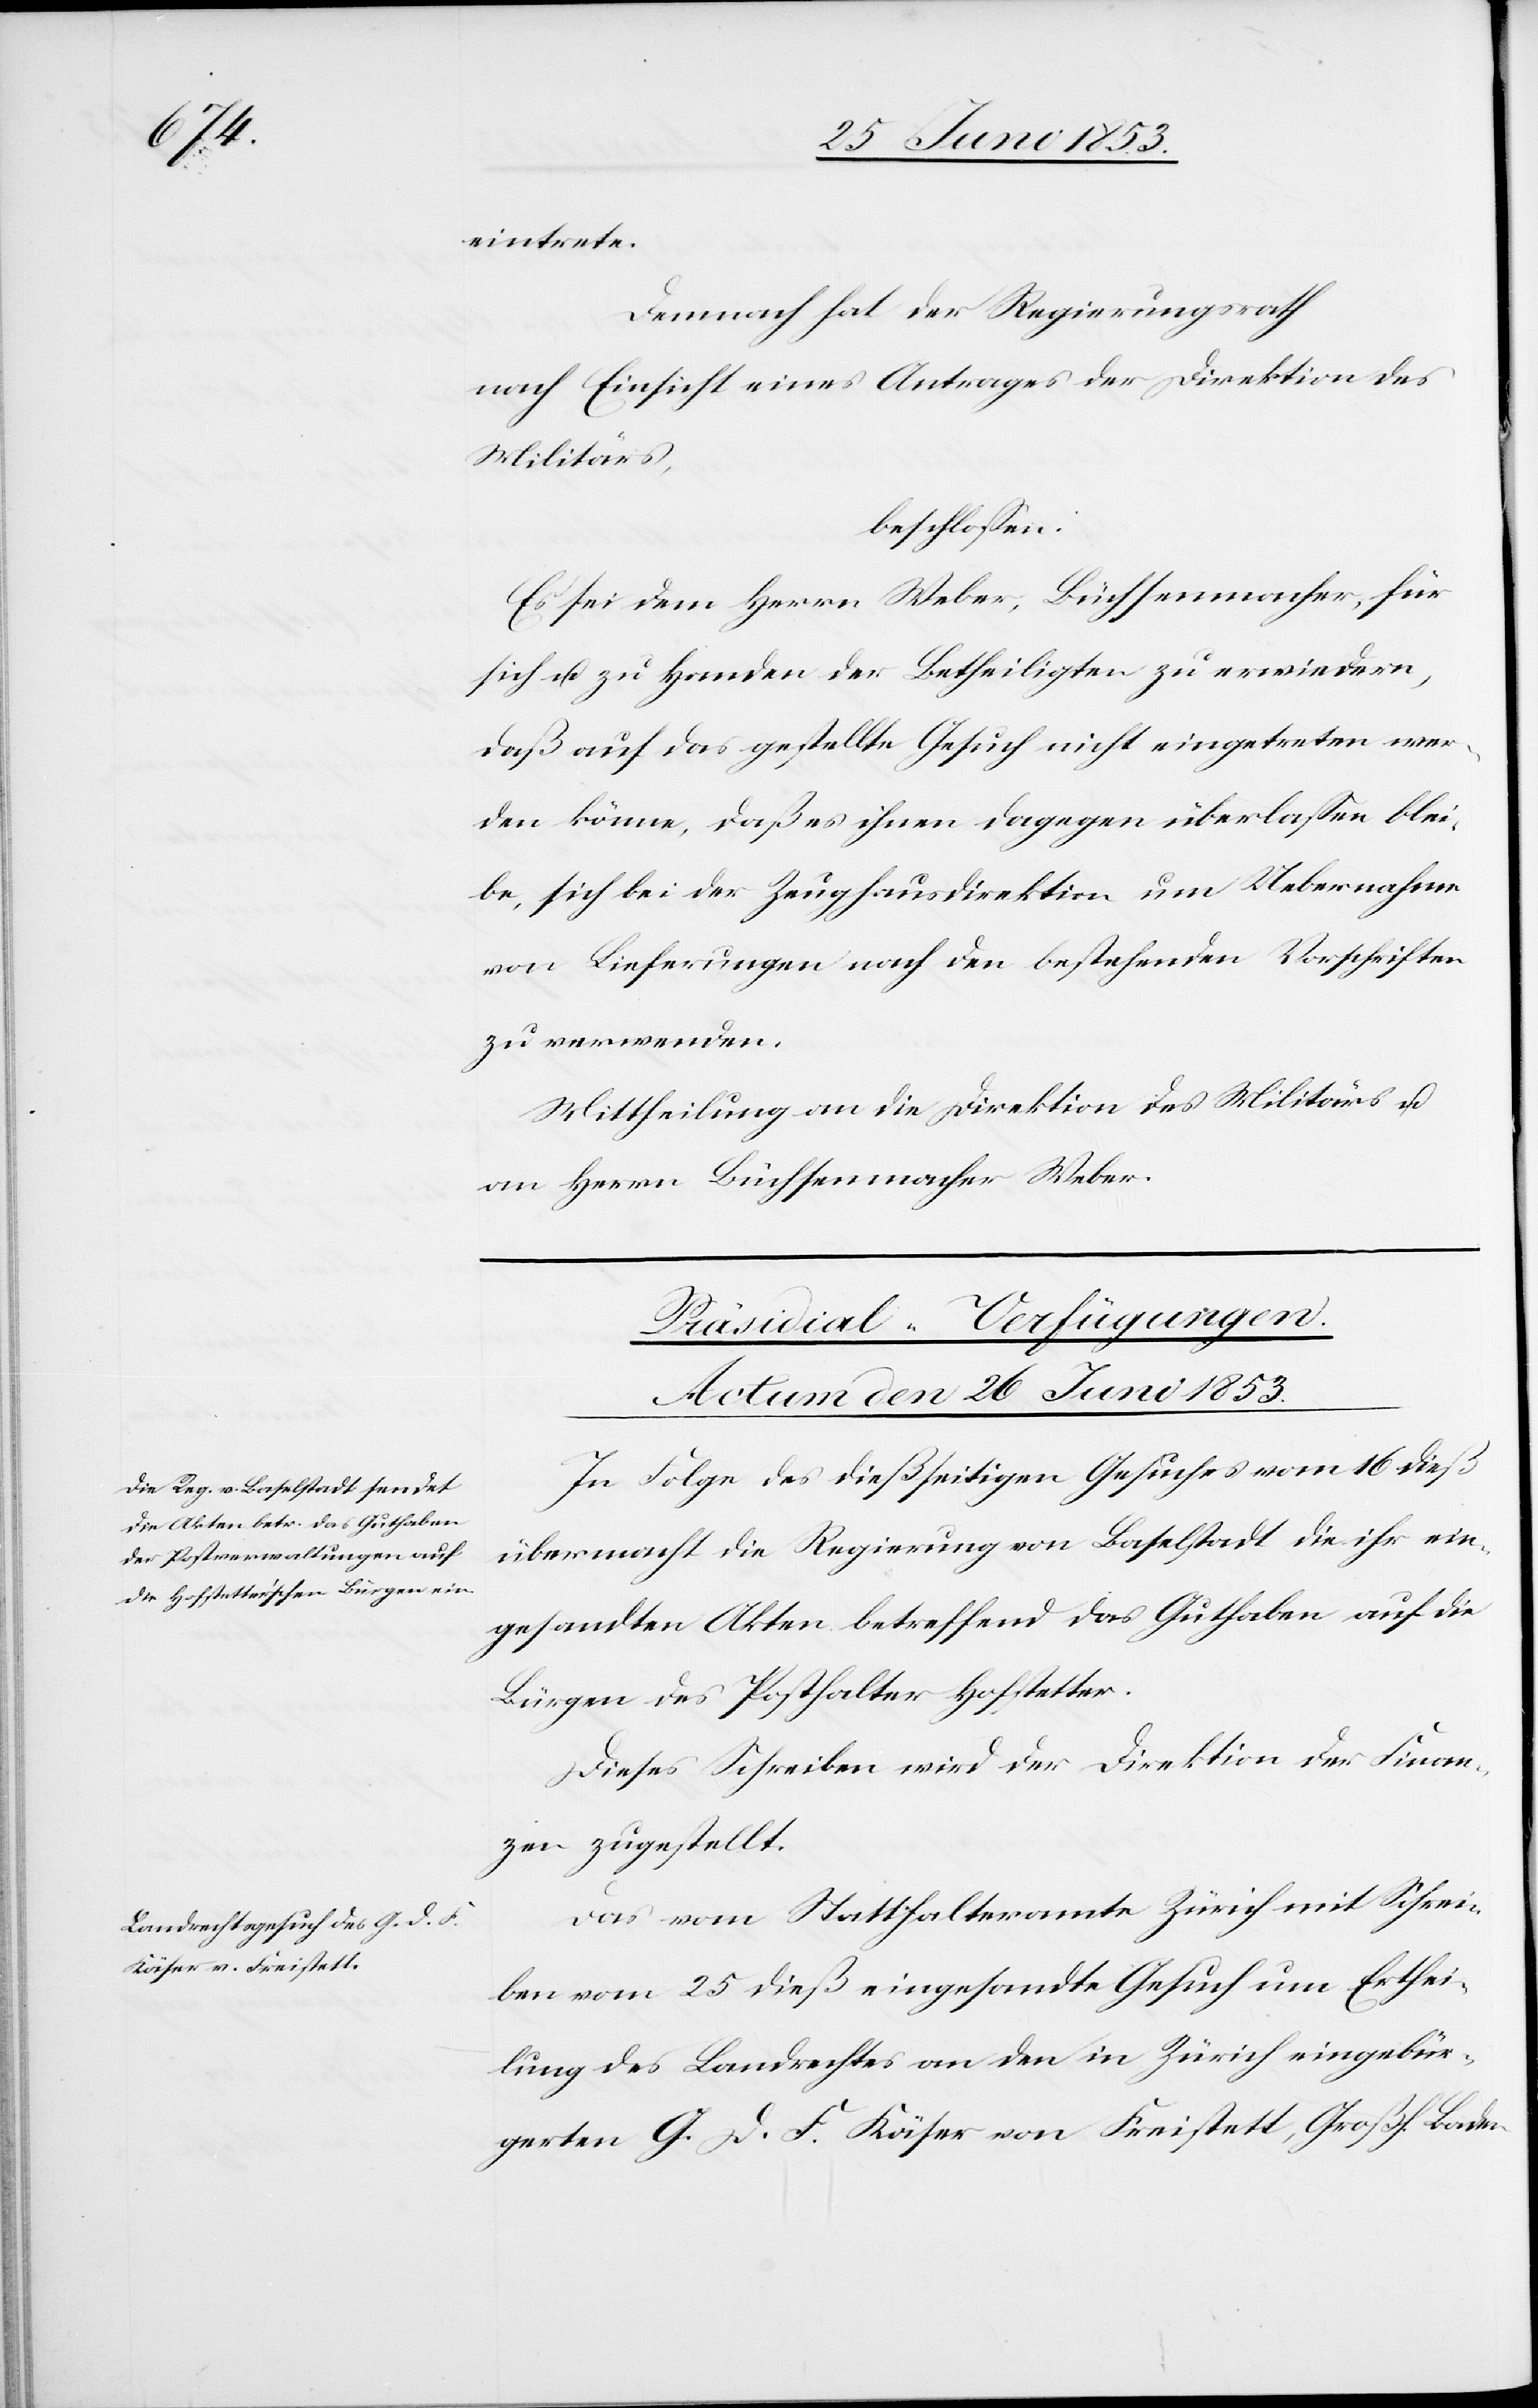
eintrete.
Demnach hat der Regierungsrath
nach Einsicht eines Antrages der Direktion des
Militärs,
beschloßen:
Es sei dem Herrn Weber, Büchsenmacher, für
sich u. zu Handen der Betheiligten zu erwiedern,
daß auf das gestellte Gesuch nicht eingetreten wer¬
den könne, daß es ihnen dagegen überlaßen blei¬
be, sich bei der Zeughausdirektion um Uebernahme
von Lieferungen nach den bestehenden Vorschriften
zu verwenden.
Mittheilung an die Direktion des Militärs u.
an Herrn Büchsenmacher Weber.
[Präsidial-Verfügungen.
Actum den 26 Juni 1853.]
In Folge des dießseitigen Gesuches vom 16 dieß
übermacht die Regierung von Baselstadt die ihr ein¬
gesandten Akten betreffend das Guthaben auf die
Bürgen des Posthalter Hofstetter.
Dieses Schreiben wird der Direktion der Finan¬
zen zugestellt.
Das vom Statthalteramte Zürich mit Schrei¬
ben vom 25 dieß eingesandte Gesuch um Erthei¬
lung des Landrechtes an den in Zürich eingebür¬
gerten G. D. F. Käser von Freistatt, Großh. Baden